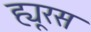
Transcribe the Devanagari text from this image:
ह्यूरस